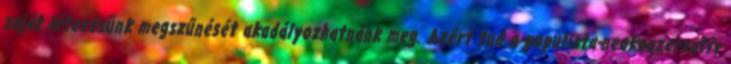
saját létezésünk megszűnését akadályozhatnánk meg. Azért tud a populista-neokonzervatív